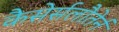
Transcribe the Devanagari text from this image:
कैसेर्सलौतेर्न